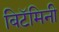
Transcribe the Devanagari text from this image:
बिटॅमिनी